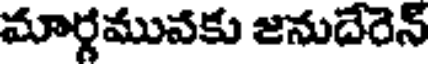
మార్గమువకు జనుదేరెన్